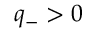
q _ { - } > 0